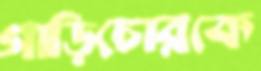
গাড়িচোরকে